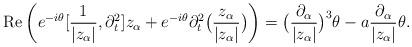
LaTeX: \begin{align*}\operatorname{Re}\left(e^{-i\theta}[\frac {1}{|z_\alpha|},\partial^2_t]z_\alpha +e^{-i\theta}\partial_t^2\bigl(\frac {z_\alpha}{|z_\alpha|}\bigr)\right) =\bigl(\frac {\partial_\alpha}{|z_\alpha|}\bigr)^3\theta -a\frac {\partial_\alpha}{|z_\alpha|}\theta.\end{align*}